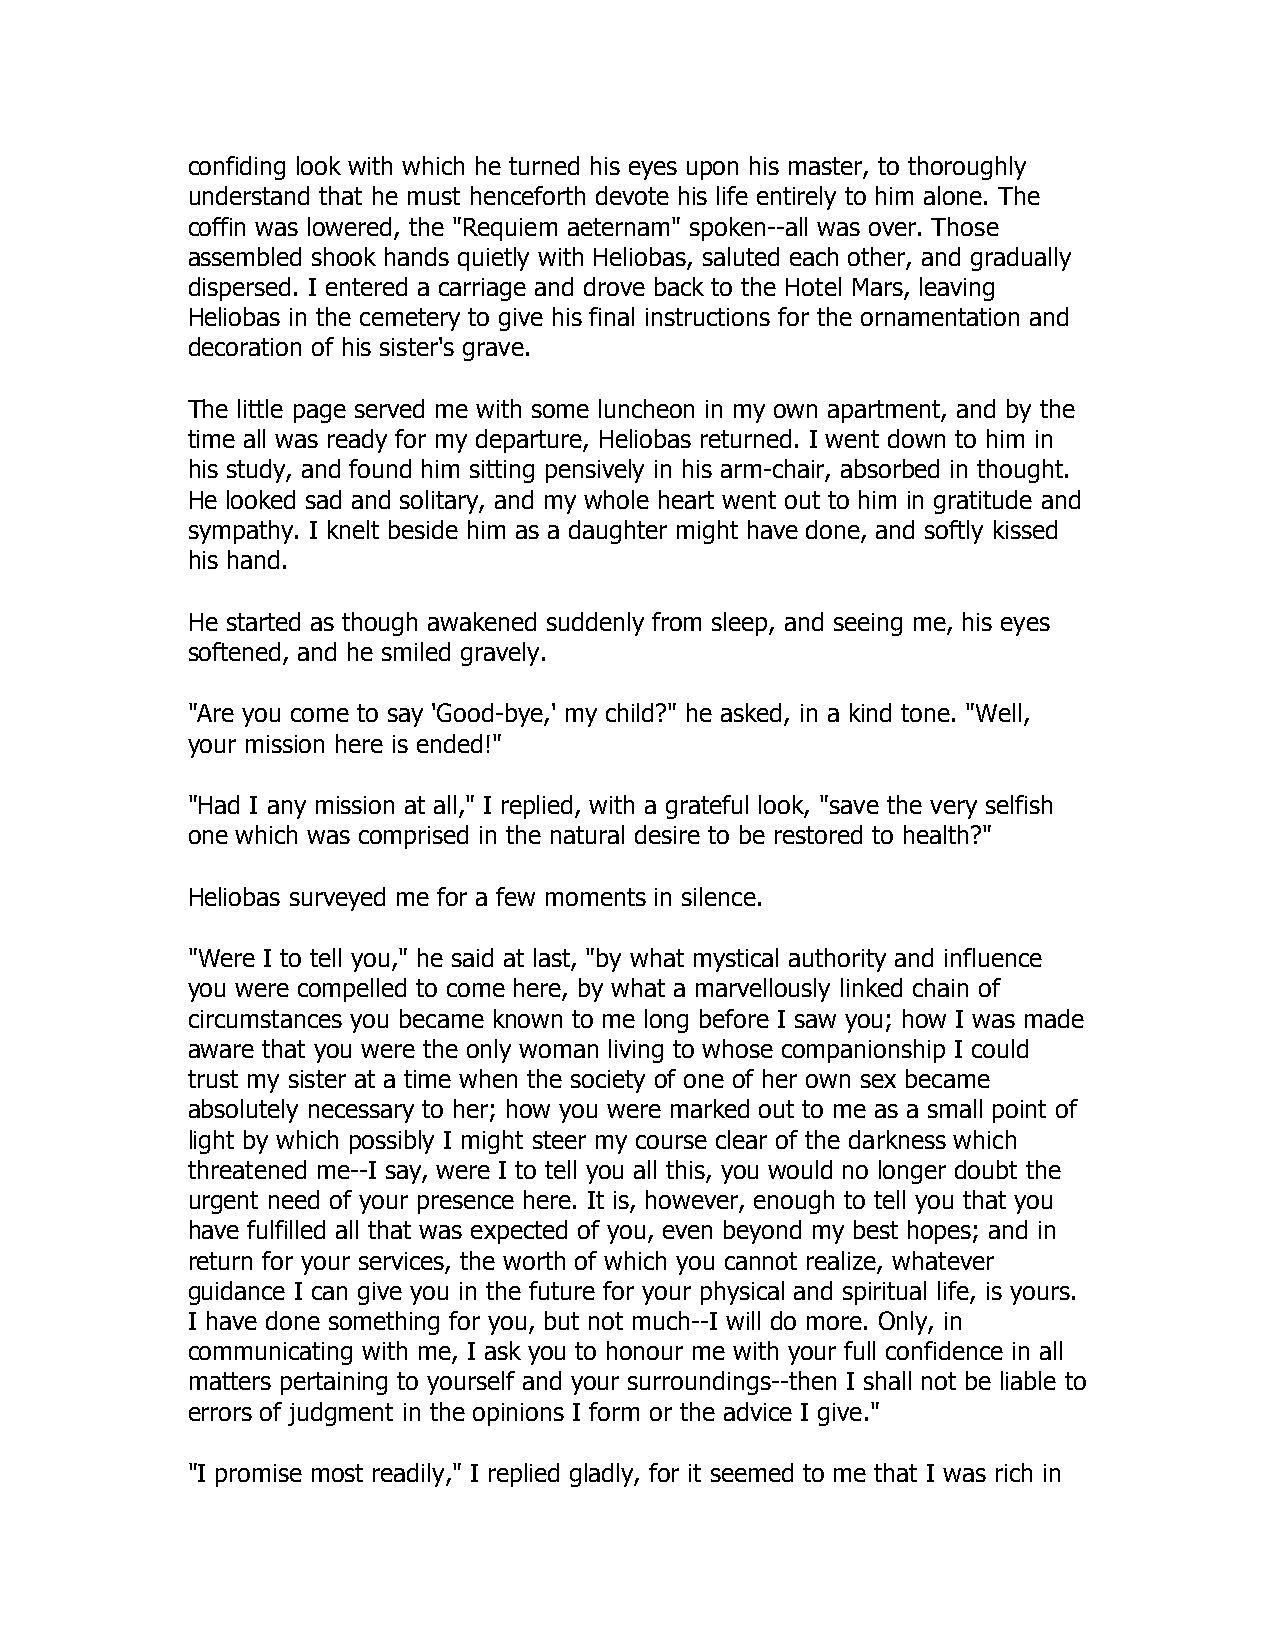
confiding look with which he turned his eyes upon his master, to thoroughly
 understand that he must henceforth devote his life entirely to him alone. The
 coffin was lowered, the "Requiem aeternam" spoken--all was over. Those
 assembled shook hands quietly with Heliobas, saluted each other, and gradually
 dispersed. I entered a carriage and drove back to the Hotel Mars, leaving
 Heliobas in the cemetery to give his final instructions for the ornamentation and
 decoration of his sister's grave.
 The little page served me with some luncheon in my own apartment, and by the
 time all was ready for my departure, Heliobas returned. I went down to him in
 his study, and found him sitting pensively in his arm-chair, absorbed in thought.
 He looked sad and solitary, and my whole heart went out to him in gratitude and
 sympathy. I knelt beside him as a daughter might have done, and softly kissed
 his hand.
 He started as though awakened suddenly from sleep, and seeing me, his eyes
 softened, and he smiled gravely.
 "Are you come to say 'Good-bye,' my child?" he asked, in a kind tone. "Well,
 your mission here is ended!"
 "Had I any mission at all," I replied, with a grateful look, "save the very selfish
 one which was comprised in the natural desire to be restored to health?"
 Heliobas surveyed me for a few moments in silence.
 "Were I to tell you," he said at last, "by what mystical authority and influence
 you were compelled to come here, by what a marvellously linked chain of
 circumstances you became known to me long before I saw you; how I was made
 aware that you were the only woman living to whose companionship I could
 trust my sister at a time when the society of one of her own sex became
 absolutely necessary to her; how you were marked out to me as a small point of
 light by which possibly I might steer my course clear of the darkness which
 threatened me--I say, were I to tell you all this, you would no longer doubt the
 urgent need of your presence here. It is, however, enough to tell you that you
 have fulfilled all that was expected of you, even beyond my best hopes; and in
 return for your services, the worth of which you cannot realize, whatever
 guidance I can give you in the future for your physical and spiritual life, is yours.
 I have done something for you, but not much--I will do more. Only, in
 communicating with me, I ask you to honour me with your full confidence in all
 matters pertaining to yourself and your surroundings--then I shall not be liable to
 errors of judgment in the opinions I form or the advice I give."
 "I promise most readily," I replied gladly, for it seemed to me that I was rich in